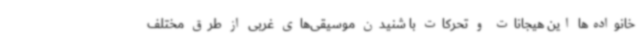
خانواده‌ها این هیجانات و تحرکات با شنیدن موسیقی‌های غربی از طرق مختلف